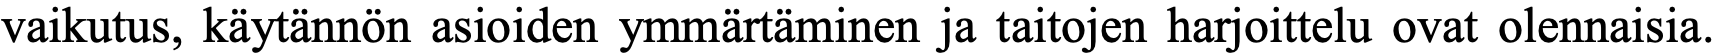
vaikutus, käytännön asioiden ymmärtäminen ja taitojen harjoittelu ovat olennaisia.